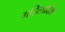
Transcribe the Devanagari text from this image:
महिलादिवा